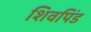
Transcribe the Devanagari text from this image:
शिवपिंड